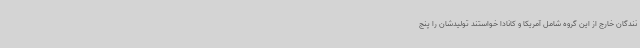
نندگان خارج از این گروه شامل آمریکا و کانادا خواستند تولیدشان را پنج